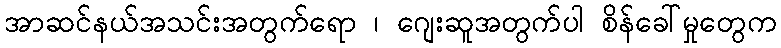
အာဆင်နယ်အသင်းအတွက်ရော ၊ ဂျေးဆူအတွက်ပါ စိန်ခေါ်မှုတွေက